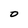
Character: O